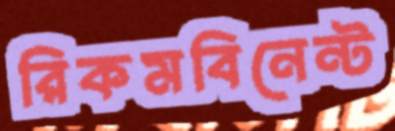
রিকমবিনেন্ট